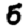
Digit: 5